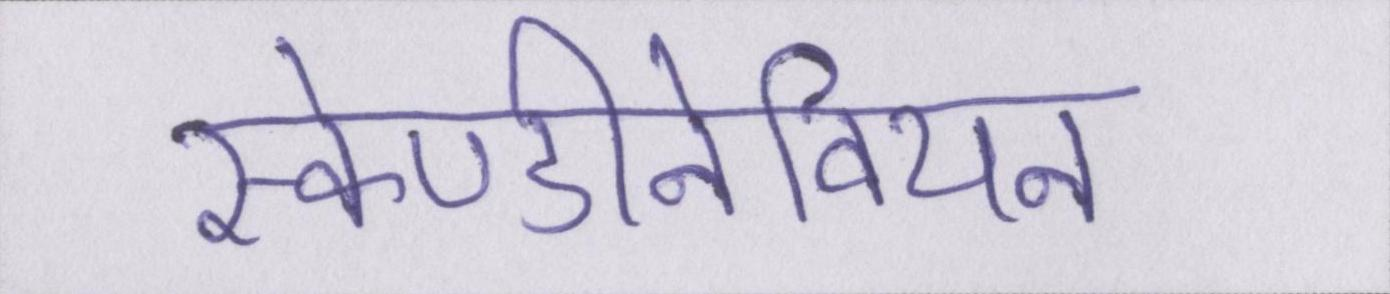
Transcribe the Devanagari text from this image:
स्केण्डीनेवियन